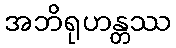
အဘိရုဟန္တဿ